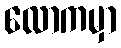
လောကမှာ